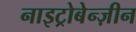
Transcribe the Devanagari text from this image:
नाइट्रोबेन्ज़ीन